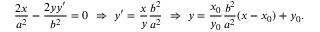
{ \frac { 2 x } { a ^ { 2 } } } - { \frac { 2 y y ^ { \prime } } { b ^ { 2 } } } = 0 \ \Rightarrow \ y ^ { \prime } = { \frac { x } { y } } { \frac { b ^ { 2 } } { a ^ { 2 } } } \ \Rightarrow \ y = { \frac { x _ { 0 } } { y _ { 0 } } } { \frac { b ^ { 2 } } { a ^ { 2 } } } ( x - x _ { 0 } ) + y _ { 0 } .